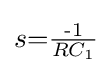
s{=}{\tfrac {{\text{-}}1}{RC_{1}}}